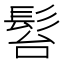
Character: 𩬠